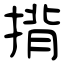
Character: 揹